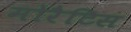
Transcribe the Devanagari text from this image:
मोरैटिस